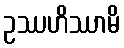
ဥဿဟိဿာမိ